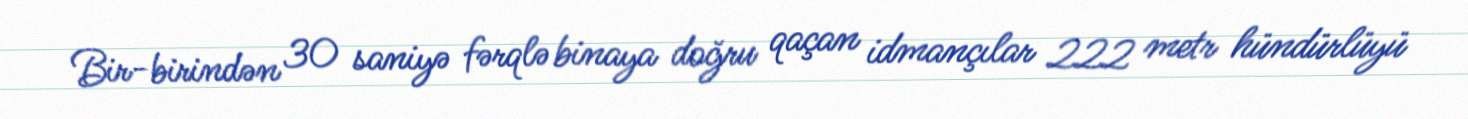
Bir-birindən 30 saniyə fərqlə binaya doğru qaçan idmançılar 222 metr hündürlüyü